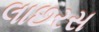
લાછરસ